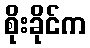
စိုးခိုင်က